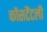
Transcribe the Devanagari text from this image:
कोंसटैंटली